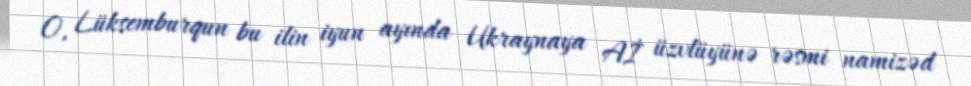
O, Lüksemburqun bu ilin iyun ayında Ukraynaya Aİ üzvlüyünə rəsmi namizəd